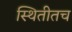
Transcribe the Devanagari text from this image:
स्थितीतच